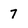
Character: 7